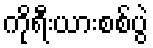
ကိုရီးယားစစ်ပွဲ